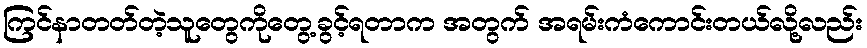
ကြင်နာတတ်တဲ့သူတွေကိုတွေ့ခွင့်ရတာက အတွက် အရမ်းကံကောင်းတယ်လို့လည်း